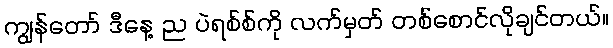
ကျွန်တော် ဒီနေ့ ည ပဲရစ်စ်ကို လက်မှတ် တစ်စောင်လိုချင်တယ်။